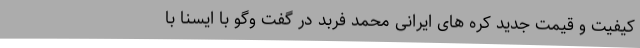
کیفیت و قیمت جدید کره های ایرانی محمد فربد در گفت وگو با ایسنا با